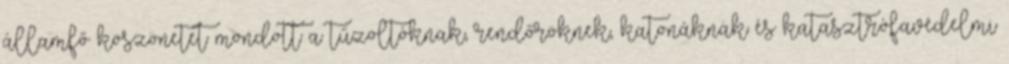
államfő köszönetet mondott a tűzoltóknak, rendőröknek, katonáknak és katasztrófavédelmi